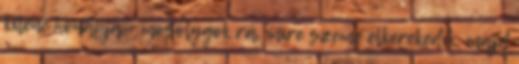
kilenc hónapja - mosolygok rá, mire szeme elkerekedik, majd